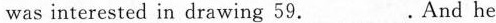
was interested in drawing 59.___. And he